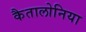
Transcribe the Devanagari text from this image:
कैतालोनिया